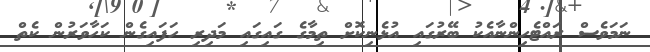
ނަމަވެސް ރައްޓެހިންނާއެކު ބޭރުގައި އުޅެނިކޮށް ތިމާގެ ގައިގައި މަދިރި ހަފައިގެން ކަހާވަރުން ކެތް